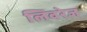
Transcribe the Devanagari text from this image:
लिवरेज